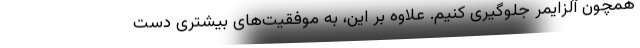
همچون آلزایمر جلوگیری کنیم. علاوه بر این، به موفقیت‌های بیشتری دست